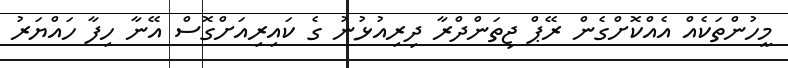
މީހުންތަކެއް އެއްކޮށްގެން ރޭޕް ޖިތަންދްރާ ދިރިއުޅުނު ގެ ކައިރިއަށްގޮސް އޭނާާ ހިފާ ހައްޔަރު